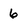
Character: 6